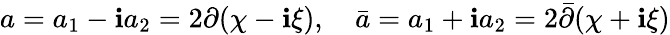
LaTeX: a=a_{1}-\mathbf{i}a_{2}=2\partial(\chi-\mathbf{i}\xi),\quad\bar{{a}}=a_{1}+\mathbf{i}a_{2}=2\bar{{\partial}}(\chi+\mathbf{i}\xi)